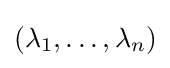
\left(\lambda _{1},\dots ,\lambda _{n}\right)